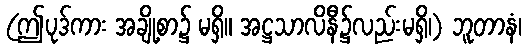
(ဤပုဒ်ကား အချို့စာ၌ မရှိ။ အဋ္ဌသာလိနီ၌လည်းမရှိ၊) ဘူတာနံ၊